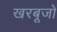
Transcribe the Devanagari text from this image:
खरबूजों